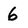
Character: 6